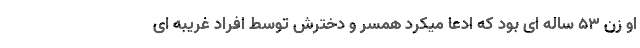
او زن ۵۳ ساله ای بود که ادعا میکرد همسر و دخترش توسط افراد غریبه ای